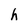
Character: h